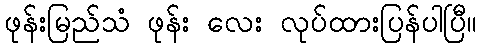
ဖုန်းမြည်သံ ဖုန်း လေး လုပ်ထားပြန်ပါပြီ။